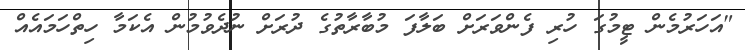
"އަހަރުމެން ޓީމުގަ ހުރި ފެންވަރަށް ބަލާފަ މުބާރާތުގެ ދުރަށް ނުދެވުމުން އެކަމާ ހިތްހަމައެއް